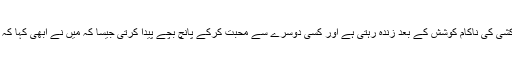
اور عورت ایک مرد کی محبت میں خود کشی کی ناکام کوشش کے بعد زندہ رہتی ہے اور کسی دوسرے سے محبت کرکے پانچ بچے پیدا کرتی جیسا کہ میں نے ابھی کہا کہ محبت کی قدر بھی ہمیشہ بدلتی رہتی ہے۔